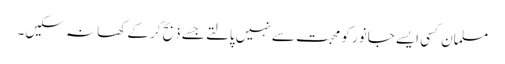
مسلمان کسی ایسے جانور کو محبت سے نہیں پالتے جسے ذبح کرکے کھا نہ سکیں۔